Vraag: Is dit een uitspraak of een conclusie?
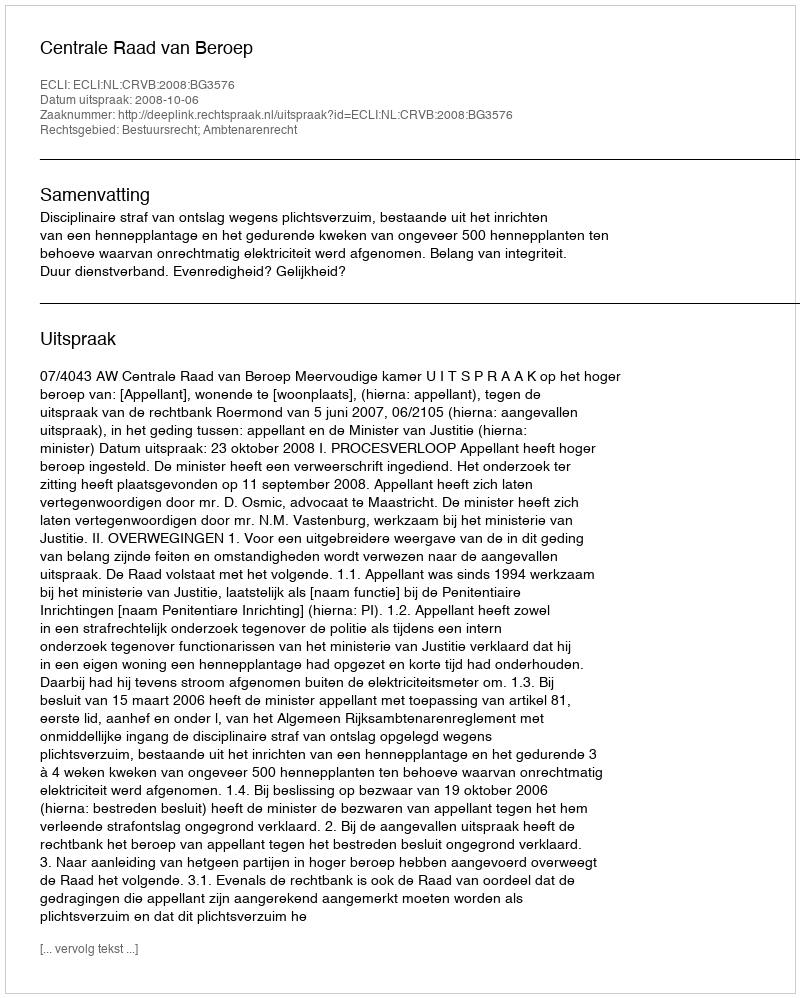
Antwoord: Uitspraak